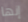
إنها